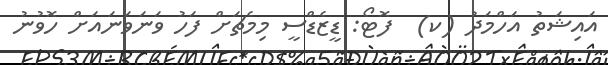
އައިޝަތު އަހްމަދު (ކ)  ފޮޓޯ: ޑީޒެޑްސީ މިމެޗަށް ފަހު ވަނަވަނައަށް ހޮވުނު